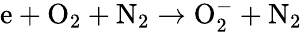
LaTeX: \mathrm{e}+\mathrm{O}_{2}+\mathrm{N}_{2}\to\mathrm{O}_{2}^{-}+\mathrm{N}_{2}